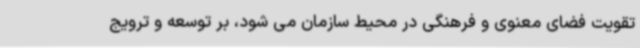
تقویت فضای معنوی و فرهنگی در محیط سازمان می شود، بر توسعه و ترویج